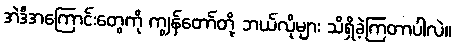
အဲဒီအကြောင်းတွေကို ကျွန်တော်တို့ ဘယ်လိုများ သိရှိခဲ့ကြတာပါလဲ။